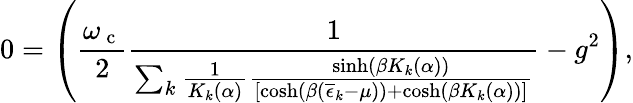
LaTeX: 0=\left(\frac{\omega_{\mathrm{~c~}}}{2}\frac{1}{\sum_{k}\frac{1}{K_{k}(\alpha)}\frac{\sinh\left(\beta K_{k}(\alpha)\right)}{\left[\cosh\left(\beta\left(\overline{{\epsilon}}_{k}-\mu\right)\right)+\cosh\left(\beta K_{k}(\alpha)\right)\right]}}-g^{2}\right),